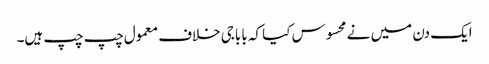
ایک دن میں نے محسوس کیا کہ باباجی خلاف معمول چپ چپ ہیں۔